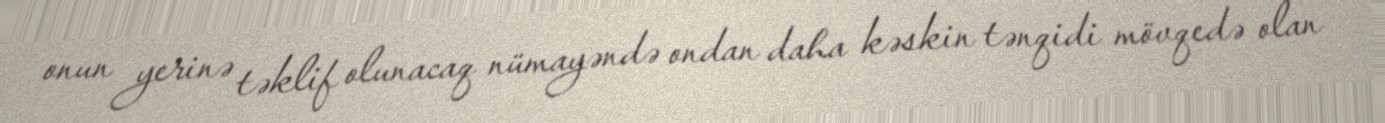
onun yerinə təklif olunacaq nümayəndə ondan daha kəskin tənqidi mövqedə olan